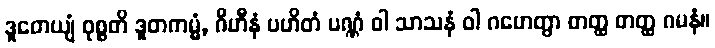
ဒူတေယျံ ဝုစ္စတိ ဒူတကမ္မံ, ဂိဟီနံ ပဟိတံ ပဏ္ဏံ ဝါ သာသနံ ဝါ ဂဟေတွာ တတ္ထ တတ္ထ ဂမနံ။